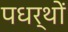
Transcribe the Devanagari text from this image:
पधर्थों